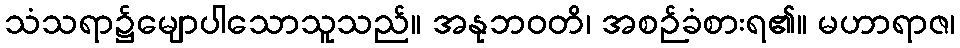
သံသရာ၌မျောပါသောသူသည်။ အနုဘဝတိ၊ အစဉ်ခံစားရ၏။ မဟာရာဇ၊